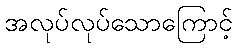
အလုပ်လုပ်သောကြောင့်